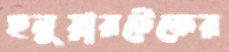
ছনুয়ারটেকের